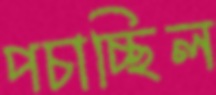
পচাচ্ছিল